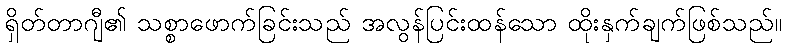
ရှိတ်တာဂျီ၏ သစ္စာဖောက်ခြင်းသည် အလွန်ပြင်းထန်သော ထိုးနှက်ချက်ဖြစ်သည်။